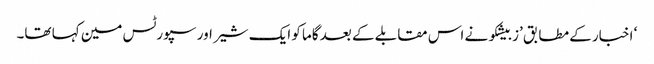
‘ اخبار کے مطابق ’زبیشکو نے اس مقابلے کے بعد گاما کو ایک شیر اور سپورٹس مین کہا تھا۔